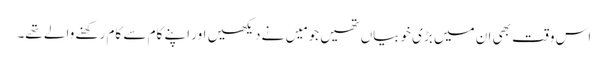
اس وقت بھی ان میں بڑی خوبیاں تھیں جو مَیں نے دیکھیں اور اپنے کام سے کام رکھنے والے تھے۔